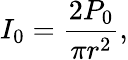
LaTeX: I_{0}=\frac{2P_{0}}{\pi r^{2}},